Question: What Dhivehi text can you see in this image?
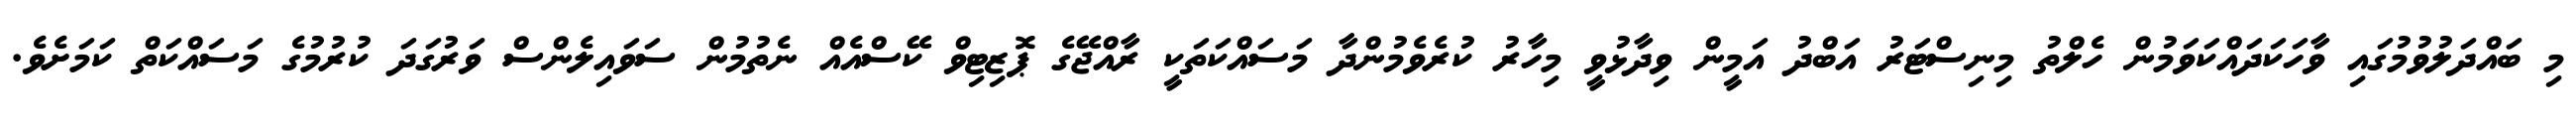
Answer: މި ބައްދަލުވުމުގައި ވާހަކަދައްކަވަމުން ހެލްތު މިނިސްޓަރު އަބްދު އަމީން ވިދާޅުވީ މިހާރު ކުރެވެމުންދާ މަސައްކަތަކީ ރާއްޖޭގެ ޕޮޒިޓިވް ކޭސްއެއް ނެތުމުން ސަވައިލެންސް ވަރުގަދަ ކުރުމުގެ މަސައްކަތް ކަމަށެވެ.